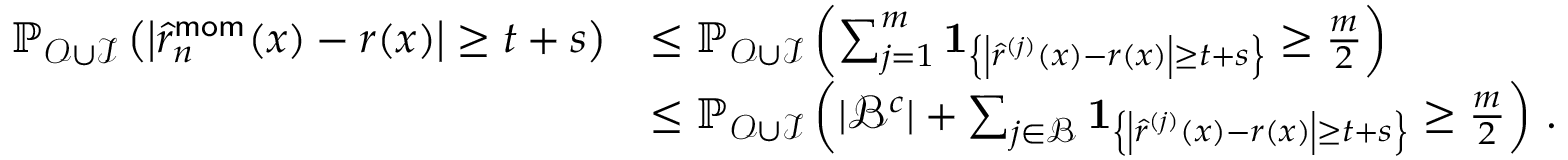
\begin{array} { r l } { \mathbb P _ { { \mathcal O } \cup { \mathcal I } } \left( \left| \widehat { r } _ { n } ^ { \mathsf { m o m } } ( x ) - r ( x ) \right| \geq t + s \right) } & { \leq \mathbb P _ { { \mathcal O } \cup { \mathcal I } } \left( \sum _ { j = 1 } ^ { m } { \mathbf { 1 } } _ { \left\{ \left| \hat { r } ^ { ( j ) } ( x ) - r ( x ) \right| \geq t + s \right\} } \geq \frac { m } { 2 } \right) } \\ & { \leq \mathbb P _ { { \mathcal O } \cup { \mathcal I } } \left( | { \mathcal B } ^ { c } | + \sum _ { j \in { \mathcal B } } { \mathbf { 1 } } _ { \left\{ \left| \hat { r } ^ { ( j ) } ( x ) - r ( x ) \right| \geq t + s \right\} } \geq \frac { m } { 2 } \right) \, . } \end{array}